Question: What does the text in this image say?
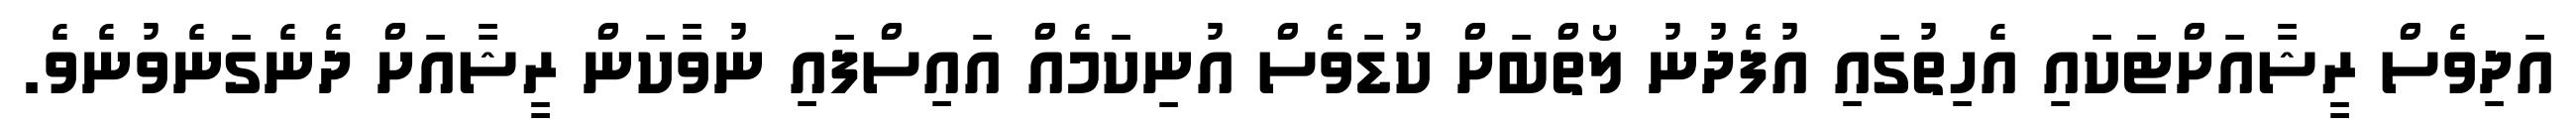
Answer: އަދިވެސް ރީޝާއަށްޓަކައި އެހިތުގައި އުފެދުނު ލޯތްބަށް ކުޑަވެސް އުނިކަމެއް އައިސްފައި ނުވާކަން ރީޝާއަށް ދެނެގަނެވުނެވެ.